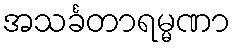
အသင်္ခတာရမ္မဏာ